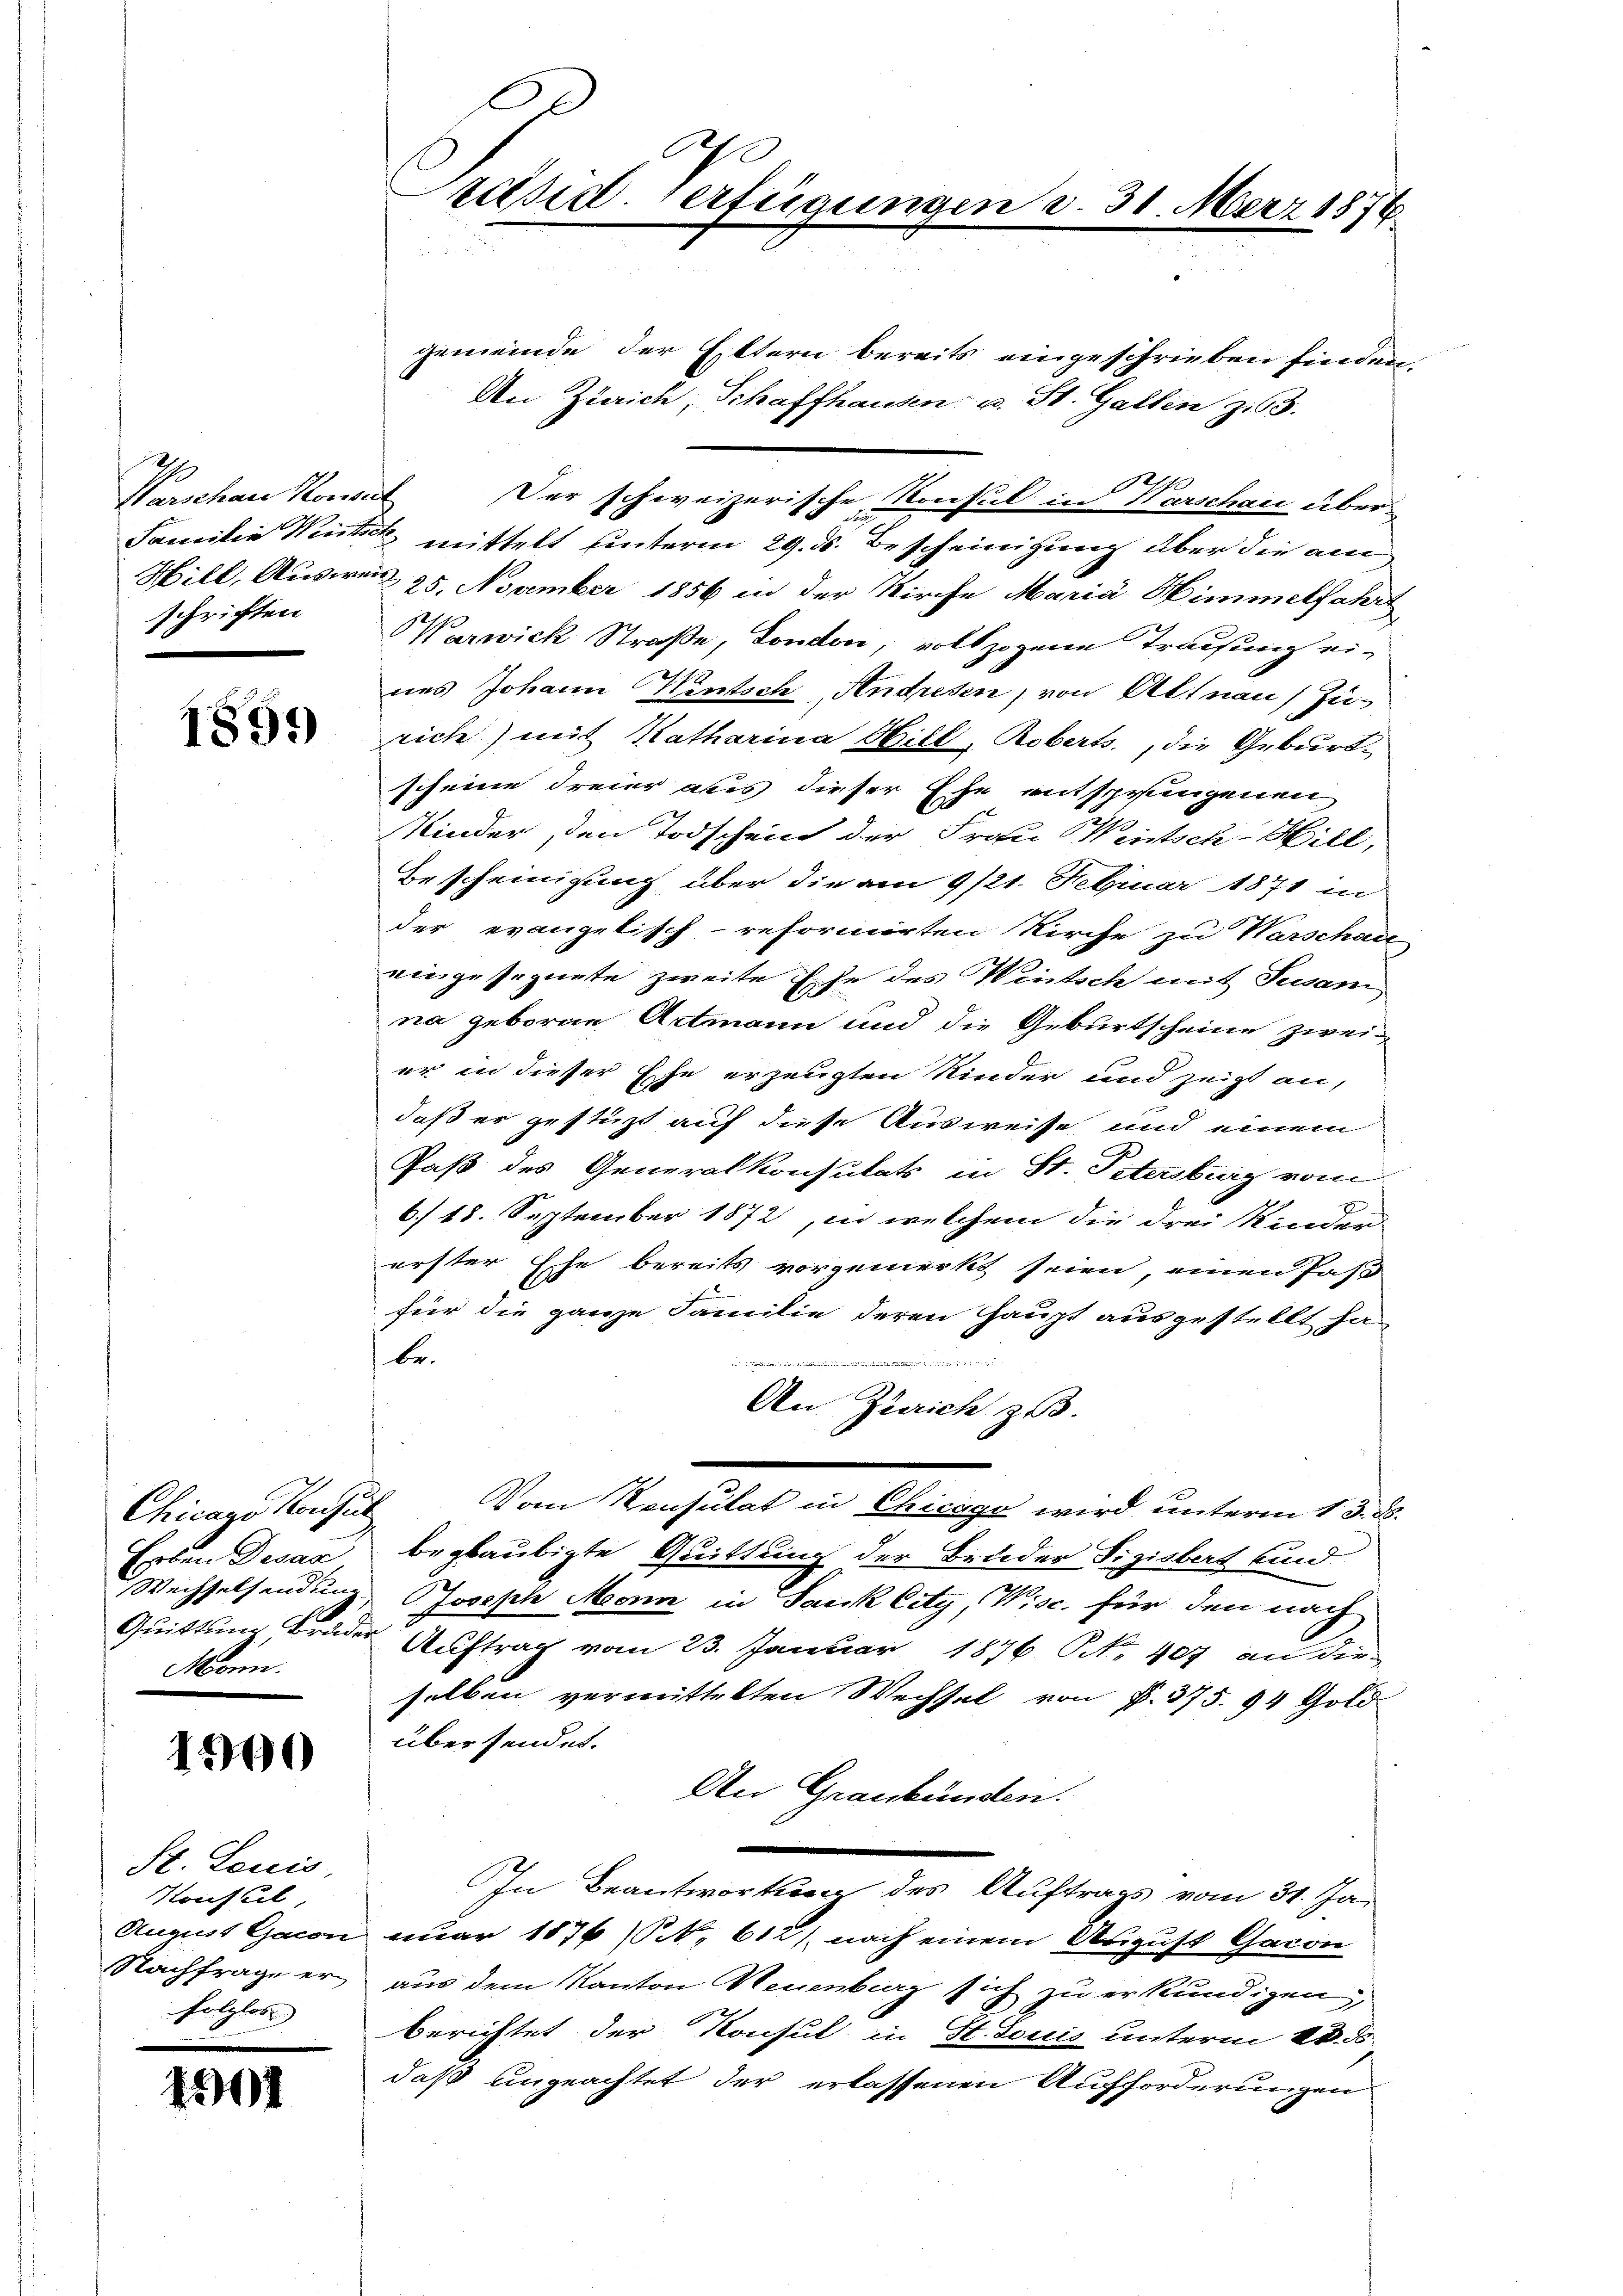
4
Warschau Konsul
schriften

1899

Chicago Konsul
Erben Desar
Monn.

1900

St. Louis
Konstel
August Gacon
Nachfrage er
folglos

1901

Präsid. Verfügungen d. 31 Merz 1876

gemeinde der Eltern bereits eingeschrieben finden
An Zürich, Schaffhausen u. St. Gallen z.63.
Der schweizerische Konsul in Warschau über¬
Familie Winte mittelt unterm 29. ds. Bescheinigung aber die am
Hill, Ausweis 25. November 1856 in der Kirche Maria Himmelfahrt
Warwick Straße, London, vollzogene Trausung eines Johann Wintsch, Andresen, von Altnau) zu-
rich) mit Katharina Hill, Roberts., die Geburtscheine dreier avis dieser Ehe entsprengenen
Kinder, den Todschein der Frau Weitsch-Hill,
Bescheinigung über die am 9/21. Februar 1871 in
der evangetisch-reformirten Kirche zu Warschad
eingesegnete zweite Ehe des Wintsch mit Susan
na geboren Artmann und die Geburtscheine zwei-
er in dieser Ehe erzeugten Kinder und zeigt an,
daß er gestüzt auf diese Ausweise, und einem
Paß des Generalkonsulats in St. Petersburg vom
7
6.) 18. September 1872, in welchem die drei Kinder-
erster Ehe bereits vorgemerkt seien, einen Pas
für die ganze Familie deren Haupt ausgestellt ha
be.

An Zürich zu.
Vom Konsulat in Chicago wird unterm 13. d.
beglaubigte Quittung der Bruder Sigisbert und
Wechselsendung, Joseph Monn in Jauk City, Wisc. für den nach
Quittung Bruder Auftrag vom 23. Januar 1876. No. 407 an die
selben vermittelten Wechsel von P. 375. 94 Gold
übersendet.
An Graubünden.
In Beantwortung des Auftrags vom 31. Ja-
nuar 1876 (N. 612), nach einem August Caron
aus dem Kanton Neuenburg sich zu erkundigen,
berichtet der Konsul in St. Louis unterm 20. ds.
daß ungeachtet der erlassenen Aufforderungen